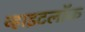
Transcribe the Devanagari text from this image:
व्हाइटलॉक